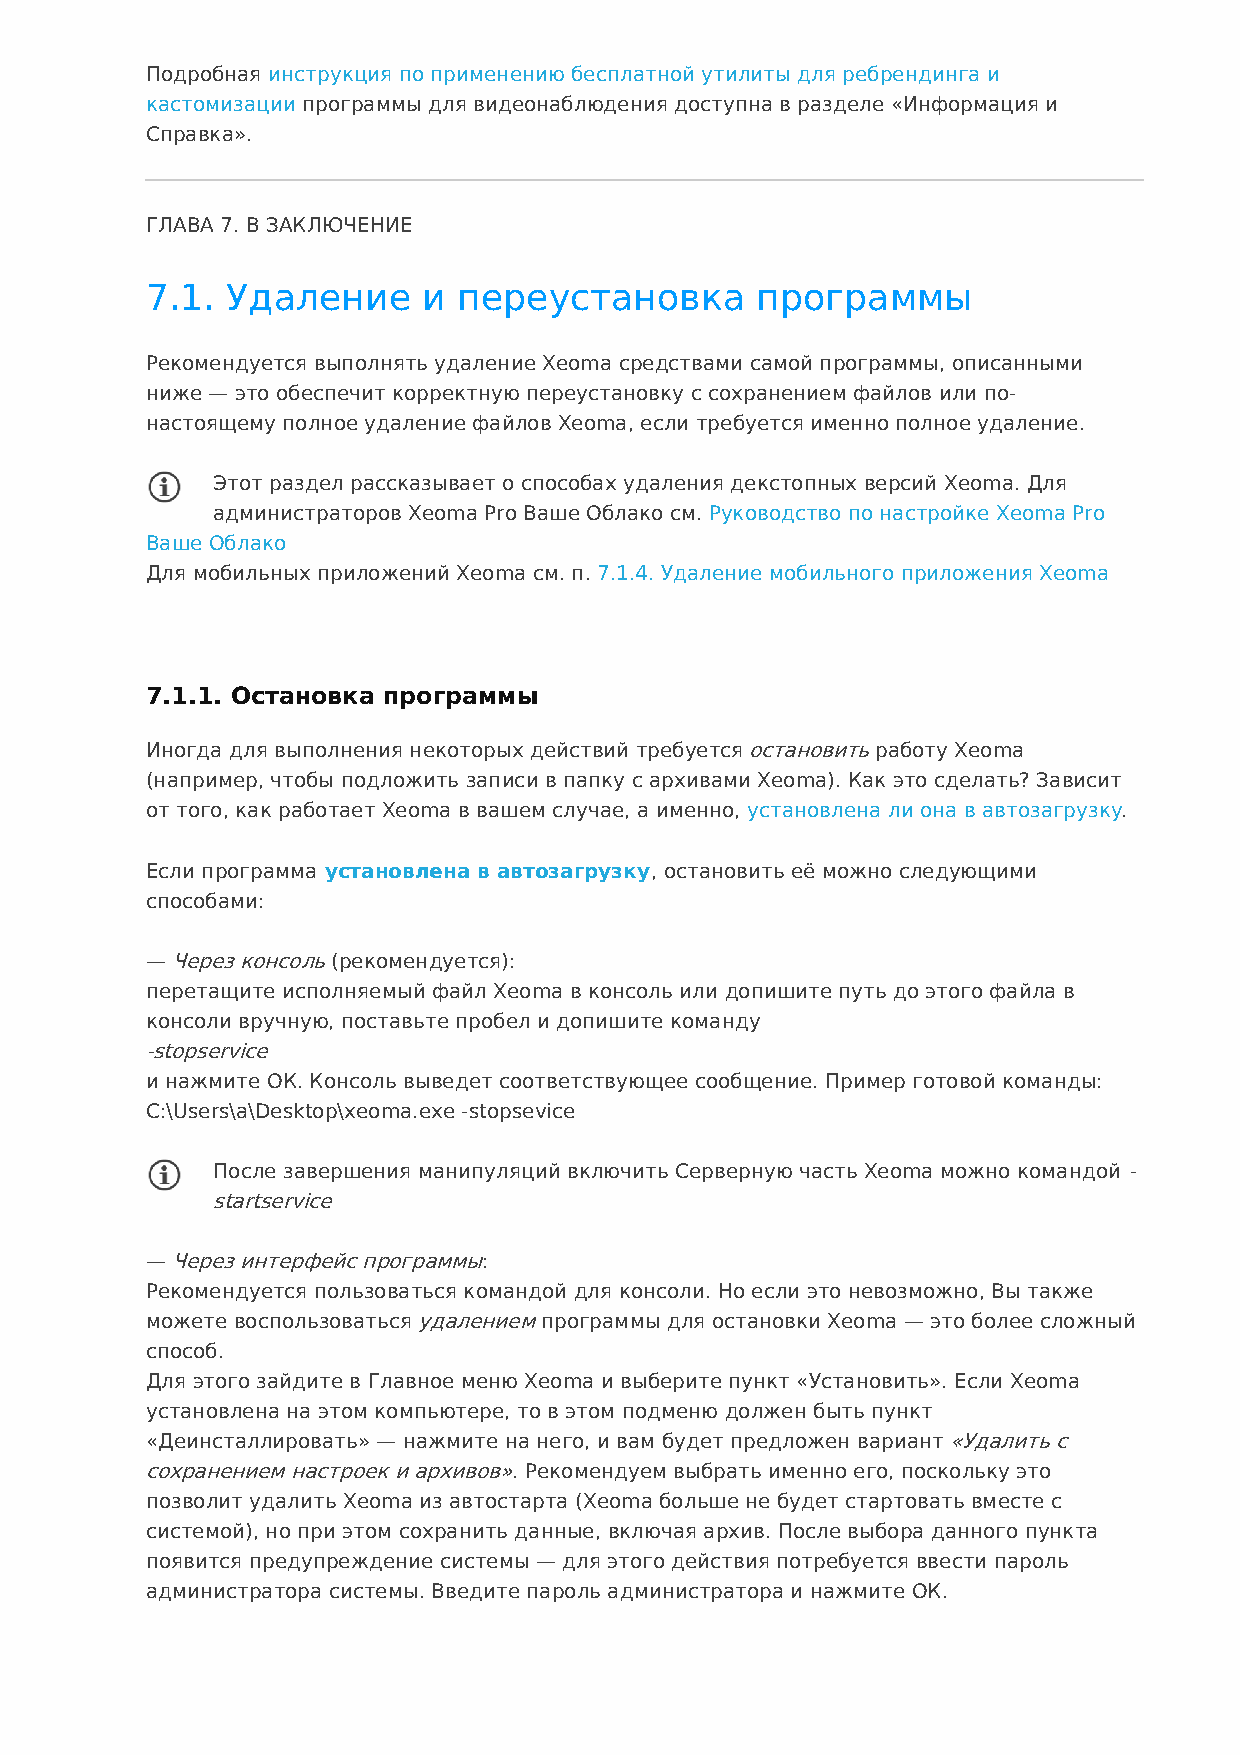
Подробная инструкция по применению бесплатной утилиты для ребрендинга и
 кастомизации программы для видеонаблюдения доступна в разделе «Информация и
 Справка».
 ГЛАВА 7. В ЗАКЛЮЧЕНИЕ
 7.1. Удаление     и переустановка       программы
 Рекомендуется выполнять удаление Xeoma средствами самой программы, описанными
 ниже — это обеспечит корректную переустановку с сохранением файлов или по-
 настоящему полное удаление файлов Xeoma, если требуется именно полное удаление.
 Этот раздел рассказывает о способах удаления декстопных версий Xeoma. Для
 администраторов Xeoma Pro Ваше Облако см. Руководство по настройке Xeoma Pro
 Ваше Облако
 Для мобильных приложений Xeoma см. п. 7.1.4. Удаление мобильного приложения Xeoma
 7.1.1. Остановка программы
 Иногда для выполнения некоторых действий требуется остановить работу Xeoma
 (например, чтобы подложить записи в папку с архивами Xeoma). Как это сделать? Зависит
 от того, как работает Xeoma в вашем случае, а именно, установлена ли она в автозагрузку.
 Если программа установлена в автозагрузку, остановить её можно следующими
 способами:
 — Через консоль (рекомендуется):
 перетащите исполняемый файл Xeoma в консоль или допишите путь до этого файла в
 консоли вручную, поставьте пробел и допишите команду
 -stopservice
 и нажмите ОК. Консоль выведет соответствующее сообщение. Пример готовой команды:
 C:\Users\a\Desktop\xeoma.exe -stopsevice
 После завершения манипуляций включить Серверную часть Xeoma можно командой -
 startservice
 — Через интерфейс программы:
 Рекомендуется пользоваться командой для консоли. Но если это невозможно, Вы также
 можете воспользоваться удалением программы для остановки Xeoma — это более сложный
 способ.
 Для этого зайдите в Главное меню Xeoma и выберите пункт «Установить». Если Xeoma
 установлена на этом компьютере, то в этом подменю должен быть пункт
 «Деинсталлировать» — нажмите на него, и вам будет предложен вариант «Удалить с
 сохранением настроек и архивов». Рекомендуем выбрать именно его, поскольку это
 позволит удалить Xeoma из автостарта (Xeoma больше не будет стартовать вместе с
 системой), но при этом сохранить данные, включая архив. После выбора данного пункта
 появится предупреждение системы — для этого действия потребуется ввести пароль
 администратора системы. Введите пароль администратора и нажмите ОК.